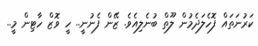
ކަރުނަތައް ފޮހެލަދެމުން ލޫތް ބުނެލިއެވެ. ޒޭން ފެނުނީ.. ހީ ވޮޒް ހާޓިން މީ..